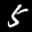
Label: 5